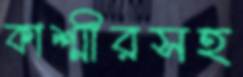
কাশ্মীরসহ